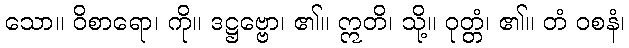
သော။ ဝိစာရော၊ ကို။ ဒဋ္ဌဗ္ဗော၊ ၏။ ဣတိ၊ သို့။ ဝုတ္တံ၊ ၏။ တံ ဝစနံ၊